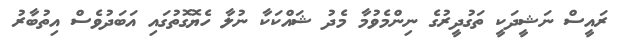
ރައީސް ނަޝީދަކީ ތަގުދީރުގެ ނިންމެވުމާ މެދު ޝައްކަކާ ނުލާ ހެޔޮގޮތުގައި އަބަދުވެސް އިތުބާރު